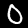
Label: 0